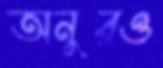
অনুরও